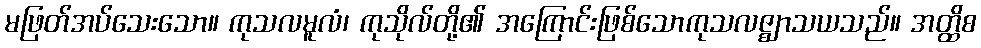
မဖြတ်အပ်သေးသော။ ကုသလမူလံ၊ ကုသိုလ်တို့၏ အကြောင်းဖြစ်သောကုသလဇ္ဈာသယသည်။ အတ္ထိစ